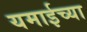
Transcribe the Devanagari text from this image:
यमाईच्या